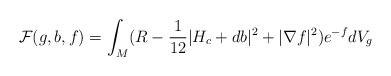
LaTeX: \begin{align*} \mathcal{F}(g,b,f)=\int_M (R-\frac{1}{12}|H_c+db|^2+|\nabla f|^2)e^{-f}dV_g\end{align*}